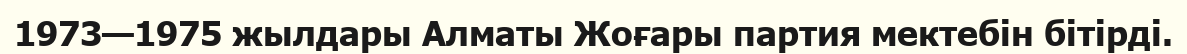
1973—1975 жылдары Алматы Жоғары партия мектебін бітірді.